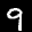
Label: 9